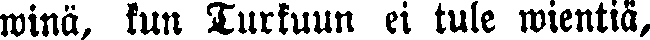
winä, kun Turkuun ei tule wientiä,